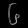
Digit: ၆